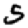
Digit: 5